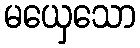
မယှေသော